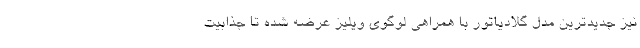
نیز جدیدترین مدل گلادیاتور با همراهی لوگوی ویلیز عرضه شده تا جذابیت